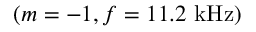
( m = - 1 , f = 1 1 . 2 \ \mathrm { k H z } )